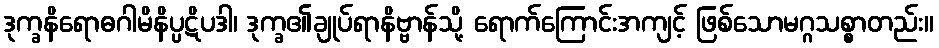
ဒုက္ခနိရောဓဂါမိနိပ္ပဋိပဒါ၊ ဒုက္ခ၏ချုပ်ရာနိဗ္ဗာန်သို့ ရောက်ကြောင်းအကျင့် ဖြစ်သောမဂ္ဂသစ္စာတည်း။